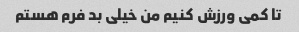
تا کمی ورزش کنیم من خیلی بد فرم هستم